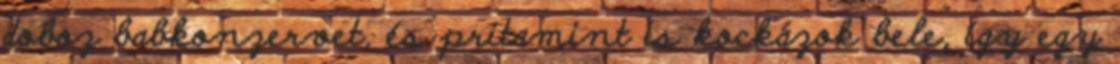
doboz babkonzervet, és pritamint is kockázok bele, így egy